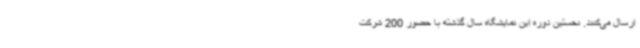
ارسال می‌کنند. نخستین دوره این نمایشگاه سال گذشته با حضور 200 شرکت